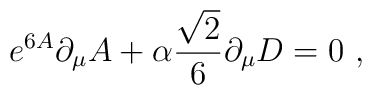
e^{6A}\partial_{\mu}A+\alpha{{\sqrt{2}}\over{6}}\partial_\mu D=0 \ ,